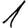
Digit: 1